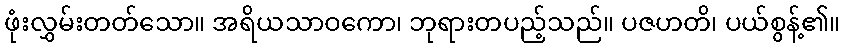
ဖုံးလွှမ်းတတ်သော။ အရိယသာဝကော၊ ဘုရားတပည့်သည်။ ပဇဟတိ၊ ပယ်စွန့်၏။